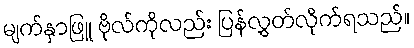
မျက်နှာဖြူ ဗိုလ်ကိုလည်း ပြန်လွှတ်လိုက်ရသည်။